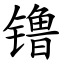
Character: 镥